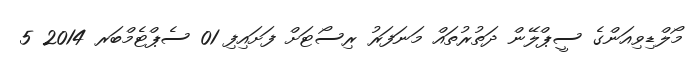
މޯލްޑިވިއަންގެ ސީޕްލޭން ދަތުރުތައް މަނަފަރު ރިސޯޓަށް ފަށައިފި 01 ސެޕްޓެމްބަރ 2014 5